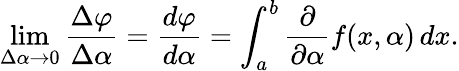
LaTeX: \operatorname*{lim}_{{\Delta\alpha}\rightarrow 0}{\frac{\Delta\varphi}{\Delta\alpha}}={\frac{d\varphi}{d\alpha}}=\int_{a}^{b}{\frac{\partial}{\partial\alpha}}f(x,\alpha)\, dx.